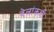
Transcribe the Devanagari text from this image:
वेलांकन्नी